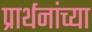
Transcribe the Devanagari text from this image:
प्रार्थनांच्या